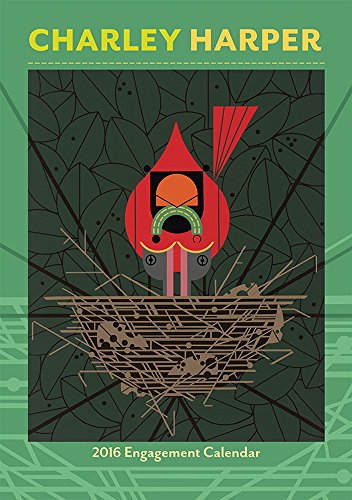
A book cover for Charley Harper 2016 Calendar; Charley Harper; Arts & Photography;